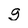
Character: g